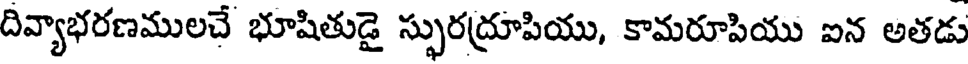
దివ్యాభరణములచే భూషితుడై స్ఫురద్రూపియు, కామరూపియు ఐన అతడు